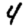
Digit: 4